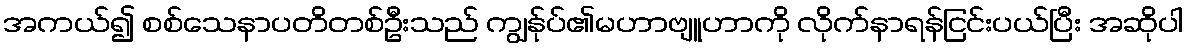
အကယ်၍ စစ်သေနာပတိတစ်ဦးသည် ကျွန်ုပ်၏မဟာဗျူဟာကို လိုက်နာရန်ငြင်းပယ်ပြီး အဆိုပါ